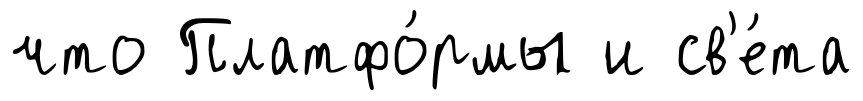
что Платфо́рмы и св'е́та